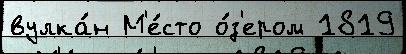
вулка́н М'е́сто о́з'ером 1819